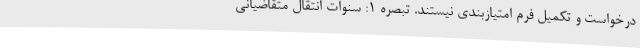
درخواست و تکمیل فرم امتیازبندی نیستند. تبصره ۱: سنوات انتقال متقاضیانی